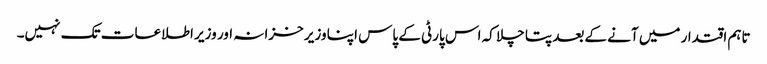
تاہم اقتدار میں آنے کےبعد پتا چلا کہ اس پارٹی کے پاس اپنا وزیر خزانہ اور وزیر اطلاعات تک نہیں۔